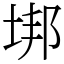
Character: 垹